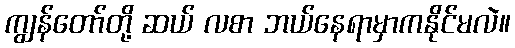
ကျွန်တော်တို့ ဆယ် လစာ ဘယ်နေရာမှာကနိုင်မလဲ။